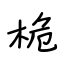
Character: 桅